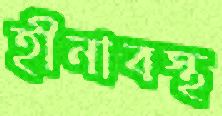
হীনাবস্থ